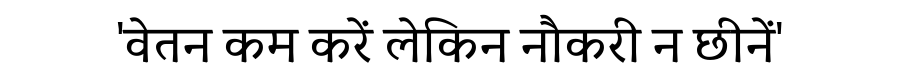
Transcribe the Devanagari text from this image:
'वेतन कम करें लेकिन नौकरी न छीनें'